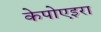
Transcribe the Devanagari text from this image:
केपोएइरा